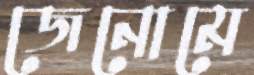
জেনোমে